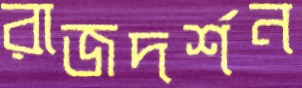
রাজদর্শন